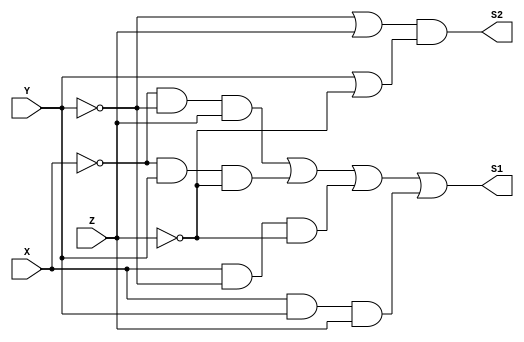
module PoS (output S1, output S2, input X, Y, Z); // MAXTERMOS
// M 5 6 7
assign S1 = (~X & ~Y & Z) | (~X & Y & ~Z) | (X & ~Y & ~Z) | (X & Y & Z);
assign S2 = (~Y | Z) & (Y | ~Z);
endmodule // PoS

module c2;
reg X, Y, Z;
wire S1, S2;
// instancias
PoS POS1(S1, S2, X, Y, Z);
// valores iniciais
initial begin: start
X=1'bx; Y=1'bx; Z=1'bx;// indefinidos
end
// parte principal
initial begin: main
// identificacao
$display("Produto da Soma");
// monitoramento
$display(" X  Y  Z =   nao_simpl  simpl ");
$monitor("%2b %2b %2b =\t%2b \t %2b", X, Y, Z, S1, S2);
// sinalizacao
#1 X=0; Y=0; Z =0;
#1 X=0; Y=0; Z =1;
#1 X=0; Y=1; Z =0;
#1 X=0; Y=1; Z =1;
#1 X=1; Y=0; Z =0;
#1 X=1; Y=0; Z =1;
#1 X=1; Y=1; Z =0;
#1 X=1; Y=1; Z =1;
end
endmodule // test_module